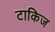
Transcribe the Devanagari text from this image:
टाकिज